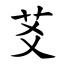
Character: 䒝